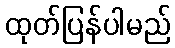
ထုတ်ပြန်ပါမည်